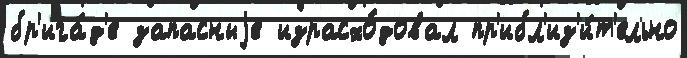
бр'ига́д'е запасныjе израсхо́довал пр'ибл'из'и́т'ельно